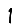
Digit: 1